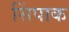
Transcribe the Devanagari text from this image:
सिंपाक